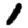
Digit: 1